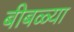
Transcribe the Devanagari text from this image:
बीबळ्या